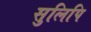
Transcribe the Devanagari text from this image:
सुलिपि